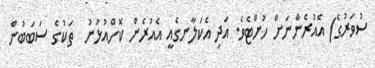
ސުވަރުގެ) އެއުރެންނަށް ހުށްޓެވެ. އަދި އެކަލާނގެއީ އެއުރެން ކޮށްއުޅުނު  ތަކުގެ ސަބަބުން